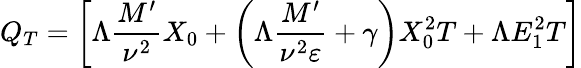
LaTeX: Q_{T}=\left[\Lambda\frac{M^{\prime}}{\nu^{2}}X_{0}+\left(\Lambda\frac{M^{\prime}}{\nu^{2}\varepsilon}+\gamma\right)X_{0}^{2}T+\Lambda E_{1}^{2}T\right]